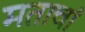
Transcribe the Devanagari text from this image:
मताचां